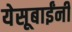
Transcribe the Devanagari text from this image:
येसूबाईंनी